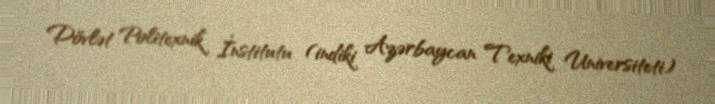
Dövlət Politexnik İnstitutu (indiki Azərbaycan Texniki Universiteti)